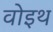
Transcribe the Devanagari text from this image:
वोइथ